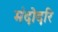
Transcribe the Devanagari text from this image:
मंदोदरि